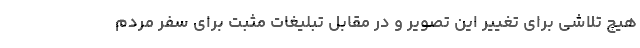
هیچ تلاشی برای تغییر این تصویر و در مقابل تبلیغات مثبت برای سفر مردم